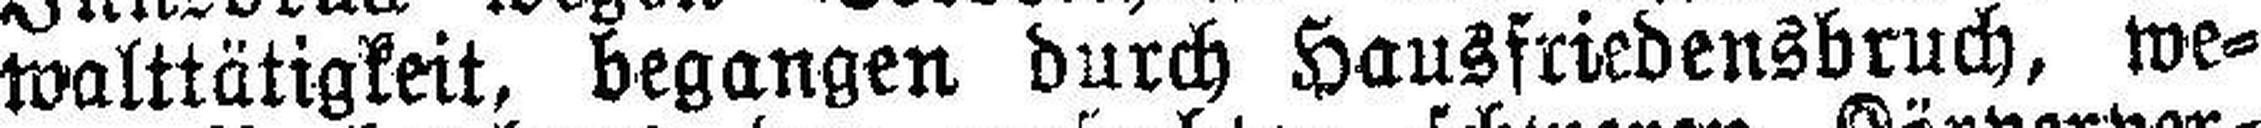
walttätigkeit, begangen durch Hausfriedensbruch, we¬